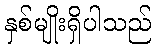
နှစ်မျိုးရှိပါသည်